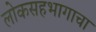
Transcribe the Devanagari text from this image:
लोकसहभागाचा